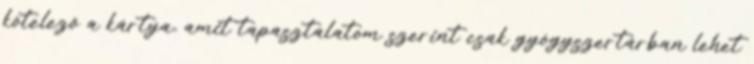
kötelező a kártya, amit tapasztalatom szerint csak gyógyszertárban lehet